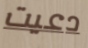
دعيت